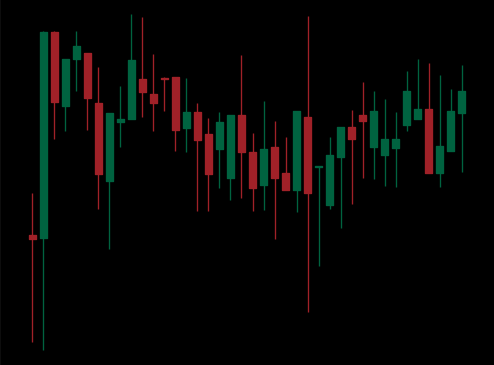
Pattern: unclassified